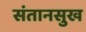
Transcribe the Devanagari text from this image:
संतानसुख